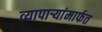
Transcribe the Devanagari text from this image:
व्यापाऱ्यांमार्फत